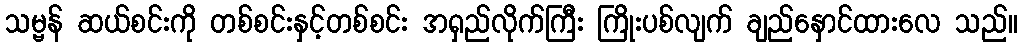
သမ္ဗန် ဆယ်စင်းကို တစ်စင်းနှင့်တစ်စင်း အရှည်လိုက်ကြီး ကြိုးပစ်လျက် ချည်နှောင်ထားလေ သည်။